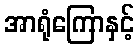
အာရုံကြောနှင့်